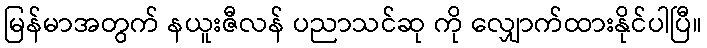
မြန်မာအတွက် နယူးဇီလန် ပညာသင်ဆု ကို လျှောက်ထားနိုင်ပါပြီ။